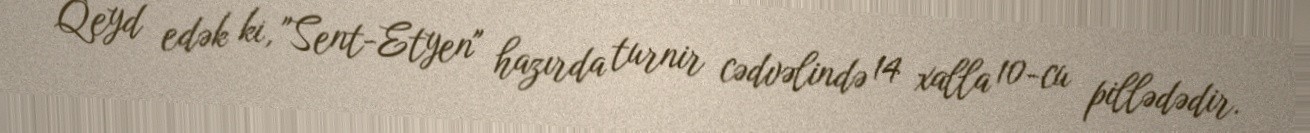
Qeyd edək ki, "Sent-Etyen" hazırda turnir cədvəlində 14 xalla 10-cu pillədədir.